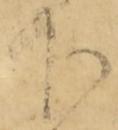
下